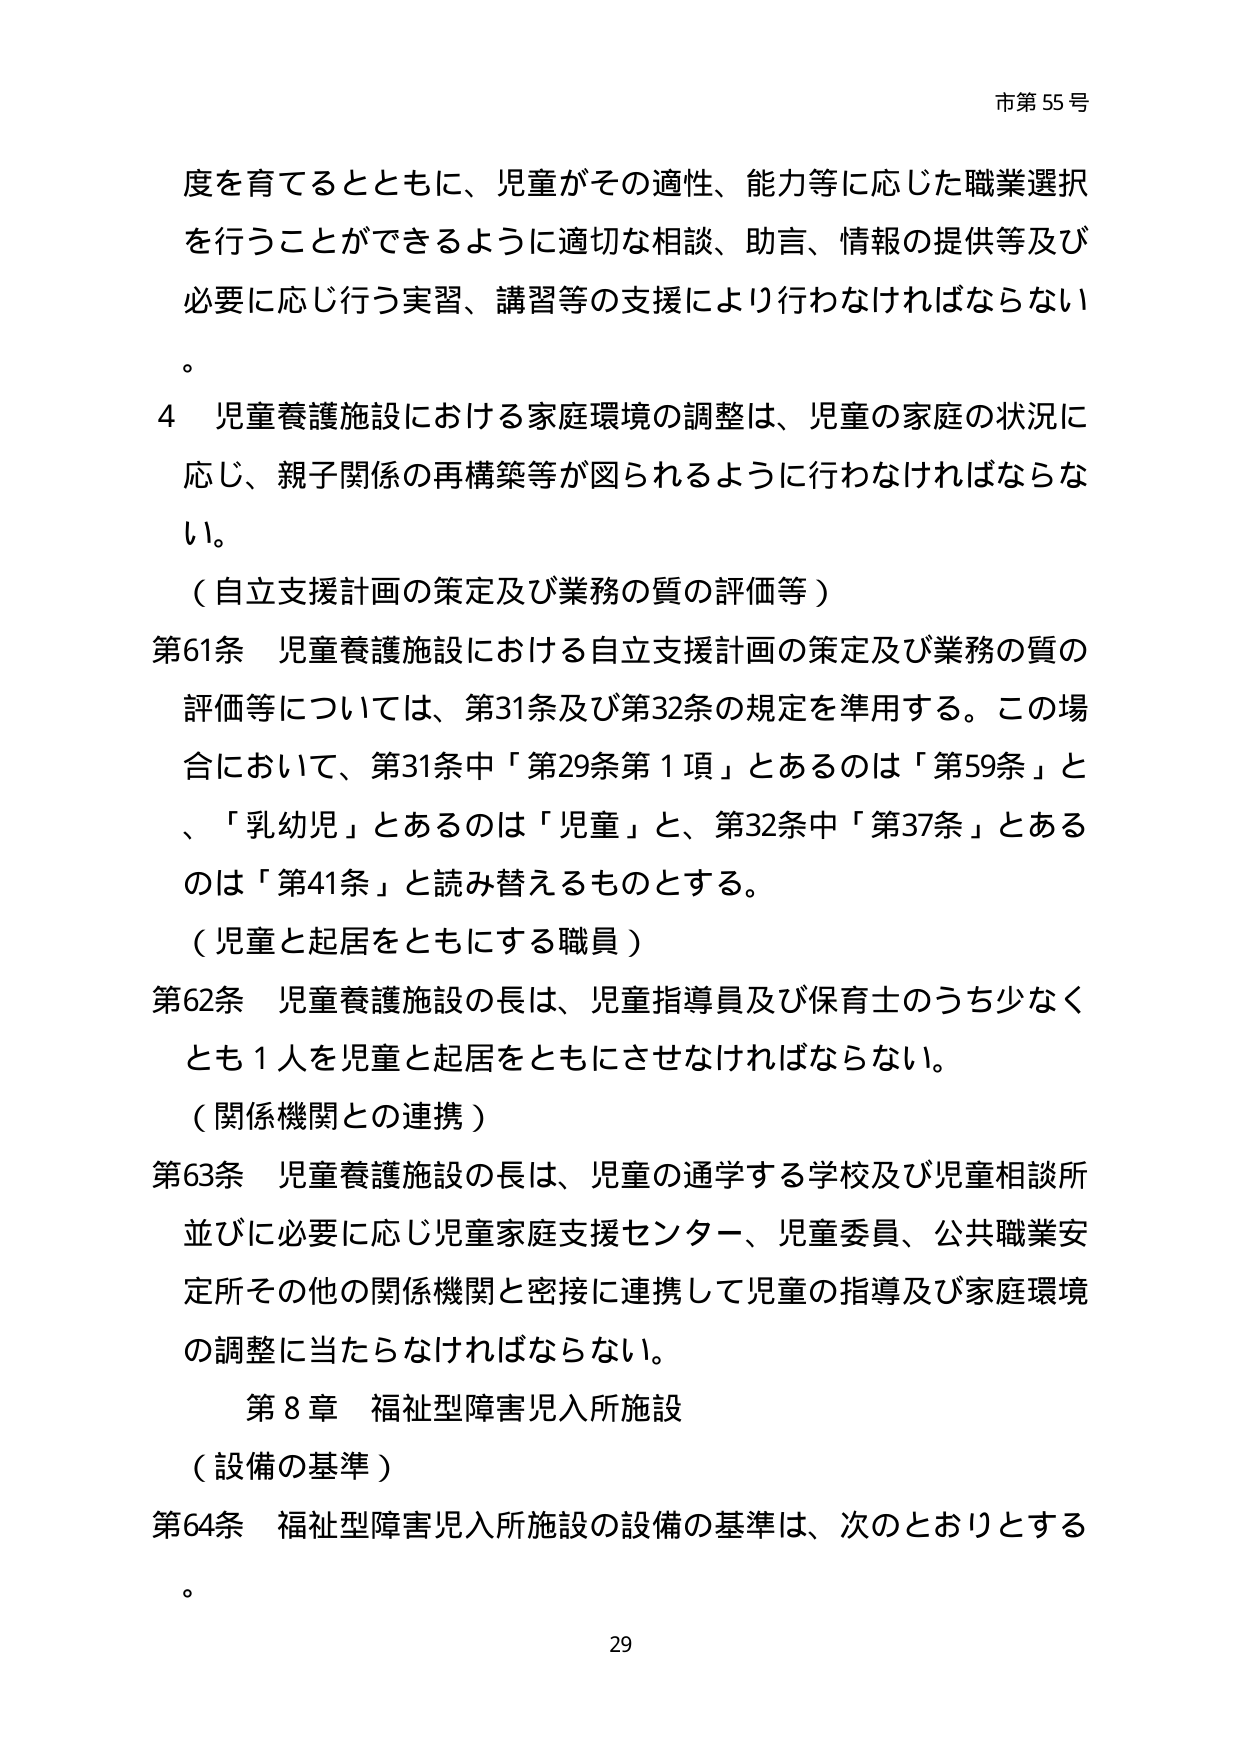
市第 55 号

度を育てるとともに、児童がその適性、能力等に応じた職業選択を行うことができるように適切な相談、助言、情報の提供等及び必要に応じ行う実習、講習等の支援により行わなければならない。

4 児童養護施設における家庭環境の調整は、児童の家庭の状況に応じ、親子関係の再構築等が図られるように行わなければならない。

（自立支援計画の策定及び業務の質の評価等）

第61条 児童養護施設における自立支援計画の策定及び業務の質の評価等については、第31条及び第32条の規定を準用する。この場合において、第31条中「第29条第1項」とあるのは「第59条」と、「乳幼児」とあるのは「児童」と、第32条中「第37条」とあるのは「第41条」と読み替えるものとする。

（児童と起居をともにする職員）

第62条 児童養護施設の長は、児童指導員及び保育士のうち少なくとも1人を児童と起居をともにさせなければならない。

（関係機関との連携）

第63条 児童養護施設の長は、児童の通学する学校及び児童相談所並びに必要に応じ児童家庭支援センター、児童委員、公共職業安定所その他の関係機関と密接に連携して児童の指導及び家庭環境の調整に当たらなければならない。

第8章 福祉型障害児入所施設

（設備の基準）

第64条 福祉型障害児入所施設の設備の基準は、次のとおりとする。

29